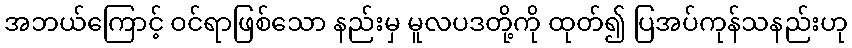
အဘယ်ကြောင့် ဝင်ရာဖြစ်သော နည်းမှ မူလပဒတို့ကို ထုတ်၍ ပြအပ်ကုန်သနည်းဟု